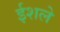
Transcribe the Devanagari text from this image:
ईशले